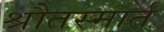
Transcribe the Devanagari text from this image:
श्रौतस्मार्त